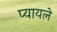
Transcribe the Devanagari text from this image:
प्यायले